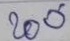
200